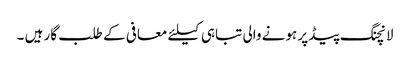
لانچنگ پیڈ پر ہونے والی تباہی کیلئے معافی کے طلب گار ہیں ۔